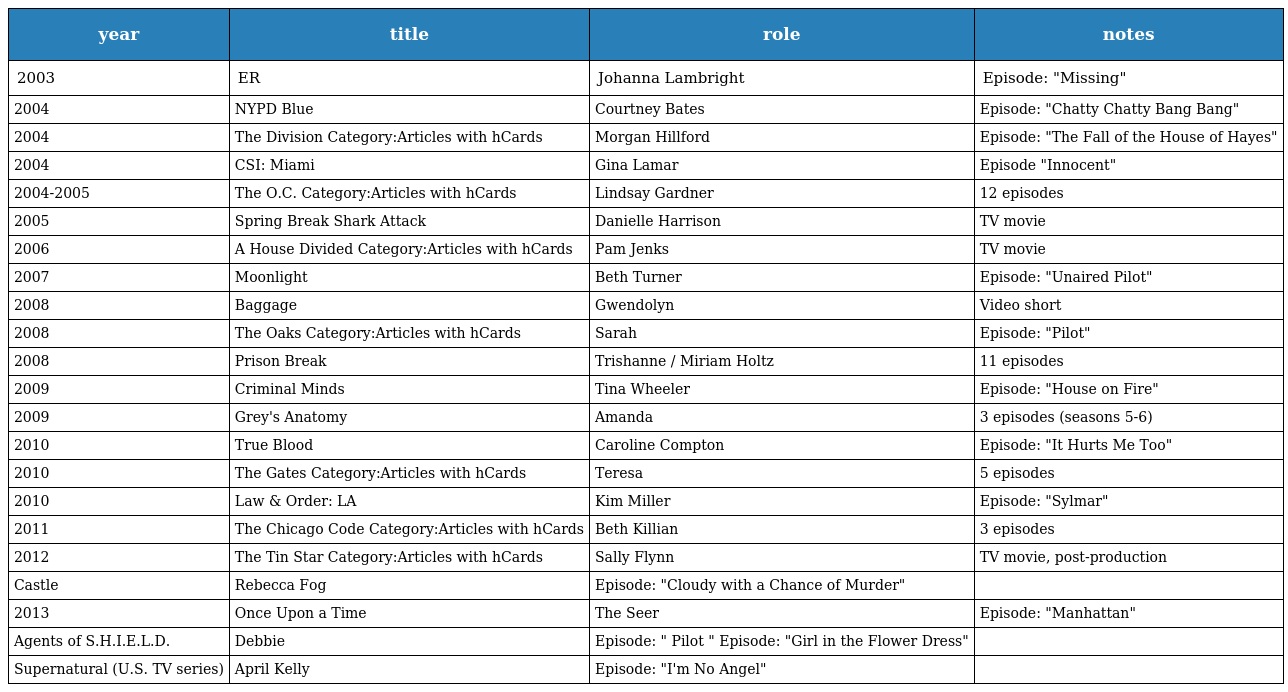
| year | title | role | notes |
 | --- | --- | --- | --- |
 | 2003 | ER | Johanna Lambright | Episode: "Missing" |
 | 2004 | NYPD Blue | Courtney Bates | Episode: "Chatty Chatty Bang Bang" |
 | 2004 | The Division Category:Articles with hCards | Morgan Hillford | Episode: "The Fall of the House of Hayes" |
 | 2004 | CSI: Miami | Gina Lamar | Episode "Innocent" |
 | 2004-2005 | The O.C. Category:Articles with hCards | Lindsay Gardner | 12 episodes |
 | 2005 | Spring Break Shark Attack | Danielle Harrison | TV movie |
 | 2006 | A House Divided Category:Articles with hCards | Pam Jenks | TV movie |
 | 2007 | Moonlight | Beth Turner | Episode: "Unaired Pilot" |
 | 2008 | Baggage | Gwendolyn | Video short |
 | 2008 | The Oaks Category:Articles with hCards | Sarah | Episode: "Pilot" |
 | 2008 | Prison Break | Trishanne / Miriam Holtz | 11 episodes |
 | 2009 | Criminal Minds | Tina Wheeler | Episode: "House on Fire" |
 | 2009 | Grey's Anatomy | Amanda | 3 episodes (seasons 5-6) |
 | 2010 | True Blood | Caroline Compton | Episode: "It Hurts Me Too" |
 | 2010 | The Gates Category:Articles with hCards | Teresa | 5 episodes |
 | 2010 | Law & Order: LA | Kim Miller | Episode: "Sylmar" |
 | 2011 | The Chicago Code Category:Articles with hCards | Beth Killian | 3 episodes |
 | 2012 | The Tin Star Category:Articles with hCards | Sally Flynn | TV movie, post-production |
 | Castle | Rebecca Fog | Episode: "Cloudy with a Chance of Murder" |  |
 | 2013 | Once Upon a Time | The Seer | Episode: "Manhattan" |
 | Agents of S.H.I.E.L.D. | Debbie | Episode: " Pilot " Episode: "Girl in the Flower Dress" |  |
 | Supernatural (U.S. TV series) | April Kelly | Episode: "I'm No Angel" |  |